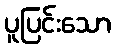
ပူပြင်းသော